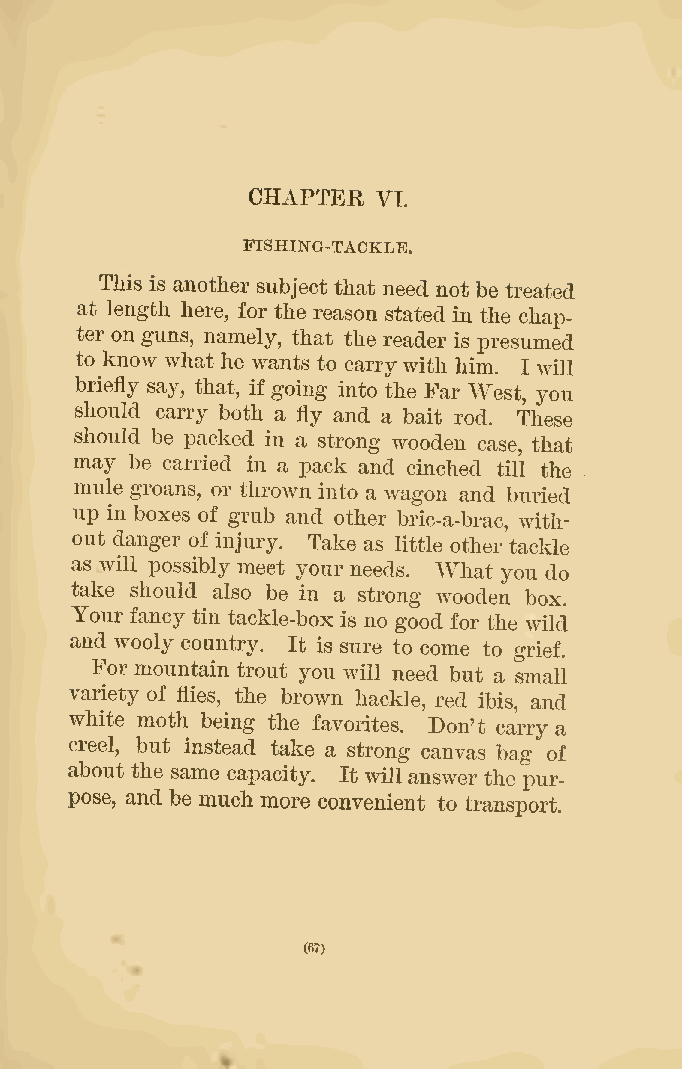
CHAPTER
 VI.
 FISHING-TACKLE.
 This is another subject that need not be treated
 at length here, for the reason stated in the chap-
 ter on guns, namely, that the reader is presumed
 to know what he wants to carrywith him. I will
 briefly say, that, if going into the Far West, you
 should carry both a fly and a bait rod. These
 should be packed in a strong wooden case, that
 may be carried in a pack and cinched till the
 mule groans, or thrown into a wagon and buried
 up in boxes of grub and other bric-a-brac, with-
 out danger of injury. Take as little other tackle
 as will possibly meet your needs. What you do
 take should also be in a strong wooden box.
 Your fancy tin tackle-box is no good for the wild
 and wooly country. It is sure to come to grief.
 For mountain trout you will need but a small
 variety of flies, the brown hackle, red ibis, and
 white moth being the favorites. Don't carry a
 creel, but instead take a strong canvas bag of
 about the same capacity. It will answer the pur-
 pose, and be much more convenient to transport.
 (67)